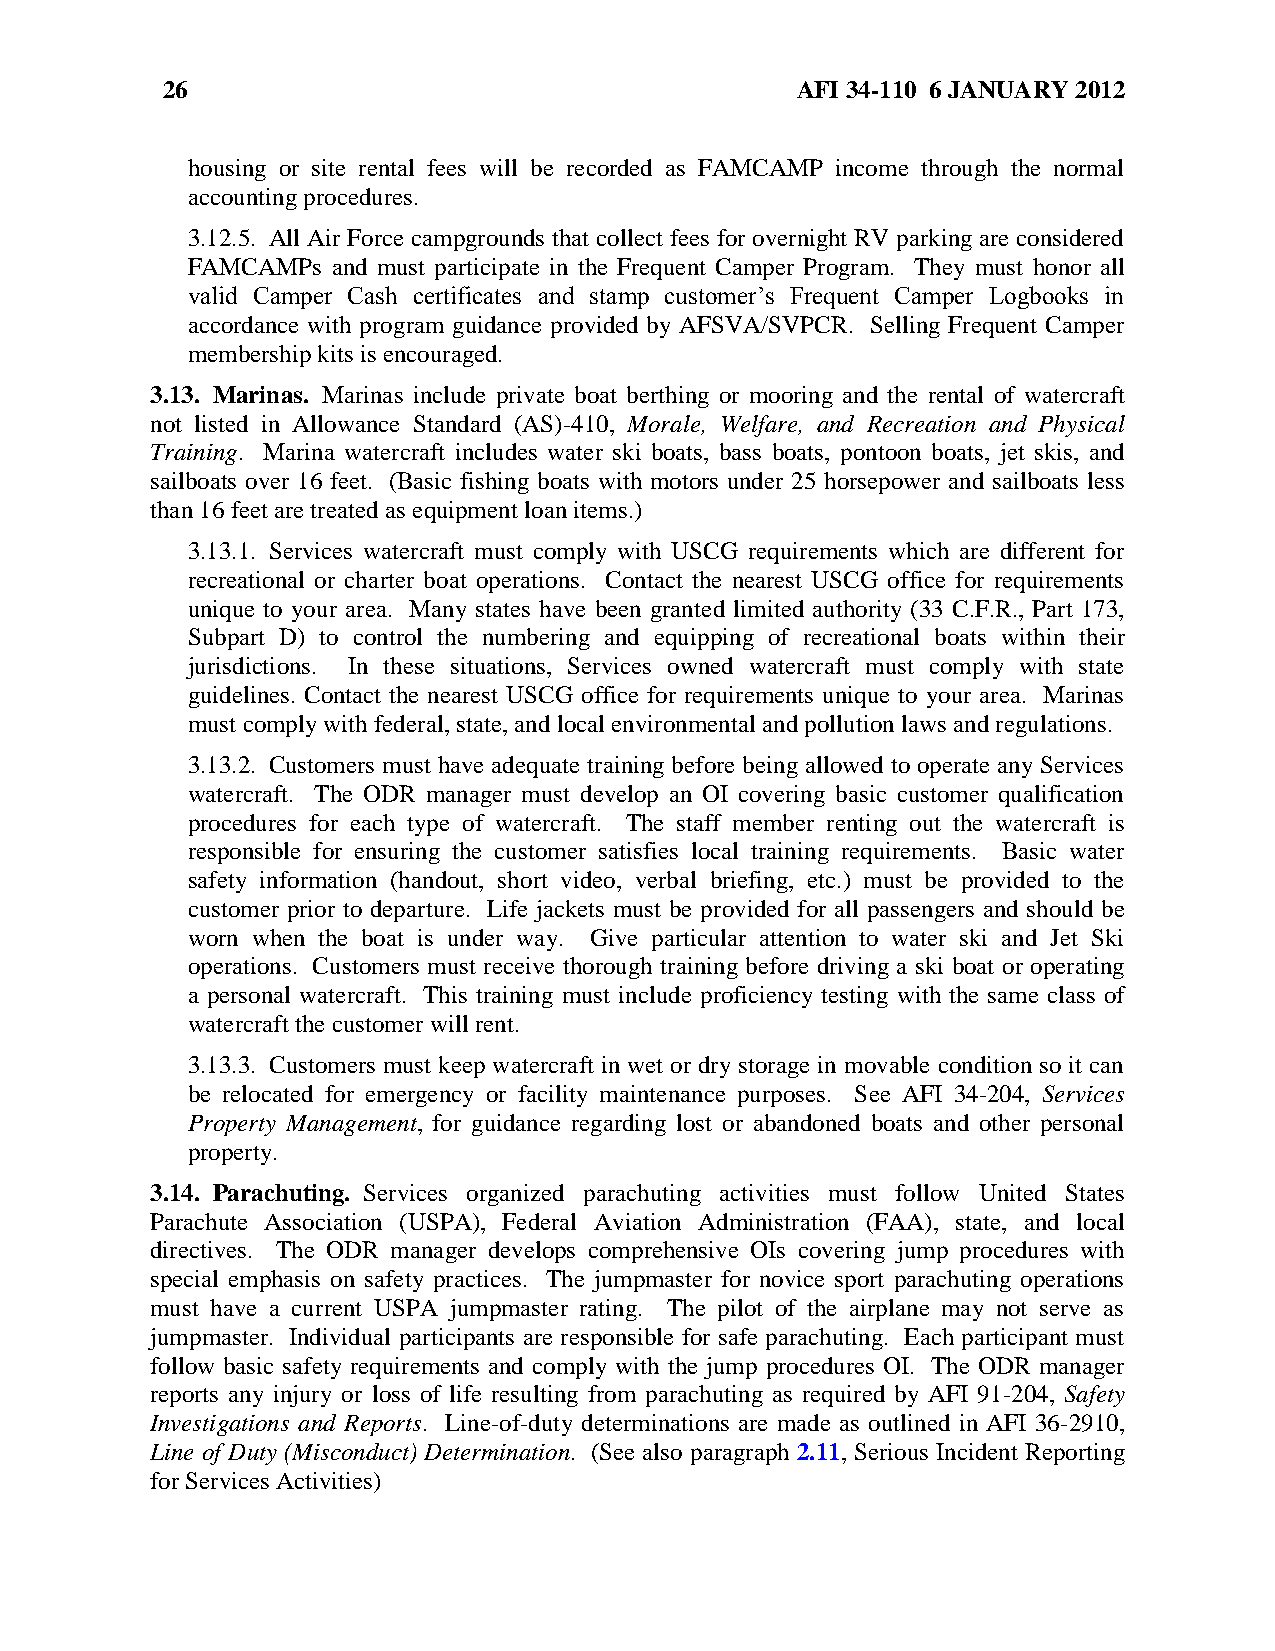
26                                        AFI 34-110 6 JANUARY 2012
 housing or site rental fees will be recorded as FAMCAMP income through the normal
 accounting procedures.
 3.12.5. All Air Force campgrounds that collect fees for overnight RV parking are considered
 FAMCAMPs  and must participate in the Frequent Camper Program. They must honor all
 valid Camper Cash certificates and stamp customer’s Frequent Camper Logbooks in
 accordance with program guidance provided by AFSVA/SVPCR. Selling Frequent Camper
 membership kits is encouraged.
 3.13. Marinas. Marinas include private boat berthing or mooring and the rental of watercraft
 not listed in Allowance Standard (AS)-410, Morale, Welfare, and Recreation and Physical
 Training. Marina watercraft includes water ski boats, bass boats, pontoon boats, jet skis, and
 sailboats over 16 feet. (Basic fishing boats with motors under 25 horsepower and sailboats less
 than 16 feet are treated as equipment loan items.)
 3.13.1. Services watercraft must comply with USCG requirements which are different for
 recreational or charter boat operations. Contact the nearest USCG office for requirements
 unique to your area. Many states have been granted limited authority (33 C.F.R., Part 173,
 Subpart D) to control the numbering and equipping of recreational boats within their
 jurisdictions. In these situations, Services owned watercraft must comply with state
 guidelines. Contact the nearest USCG office for requirements unique to your area. Marinas
 must comply with federal, state, and local environmental and pollution laws and regulations.
 3.13.2. Customers must have adequate training before being allowed to operate any Services
 watercraft. The ODR manager must develop an OI covering basic customer qualification
 procedures for each type of watercraft. The staff member renting out the watercraft is
 responsible for ensuring the customer satisfies local training requirements. Basic water
 safety information (handout, short video, verbal briefing, etc.) must be provided to the
 customer prior to departure. Life jackets must be provided for all passengers and should be
 worn when the boat is under way. Give particular attention to water ski and Jet Ski
 operations. Customers must receive thorough training before driving a ski boat or operating
 a personal watercraft. This training must include proficiency testing with the same class of
 watercraft the customer will rent.
 3.13.3. Customers must keep watercraft in wet or dry storage in movable condition so it can
 be relocated for emergency or facility maintenance purposes. See AFI 34-204, Services
 Property Management, for guidance regarding lost or abandoned boats and other personal
 property.
 3.14. Parachuting. Services organized parachuting activities must follow United States
 Parachute Association (USPA), Federal Aviation Administration (FAA), state, and local
 directives. The ODR manager develops comprehensive OIs covering jump procedures with
 special emphasis on safety practices. The jumpmaster for novice sport parachuting operations
 must have a current USPA jumpmaster rating. The pilot of the airplane may not serve as
 jumpmaster. Individual participants are responsible for safe parachuting. Each participant must
 follow basic safety requirements and comply with the jump procedures OI. The ODR manager
 reports any injury or loss of life resulting from parachuting as required by AFI 91-204, Safety
 Investigations and Reports. Line-of-duty determinations are made as outlined in AFI 36-2910,
 Line of Duty (Misconduct) Determination. (See also paragraph 2.11, Serious Incident Reporting
 for Services Activities)